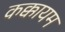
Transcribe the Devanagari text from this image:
कक्कायम